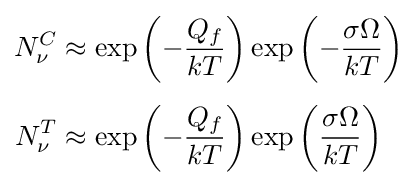
{\begin{aligned}N_{\nu }^{C}&\approx \exp \left(-{\frac {Q_{f}}{kT}}\right)\exp \left(-{\frac {\sigma \Omega }{kT}}\right)\\[4pt]N_{\nu }^{T}&\approx \exp \left(-{\frac {Q_{f}}{kT}}\right)\exp \left({\frac {\sigma \Omega }{kT}}\right)\end{aligned}}